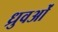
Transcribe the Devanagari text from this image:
ध्रुवओं